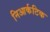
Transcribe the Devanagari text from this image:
निआर्कटिक